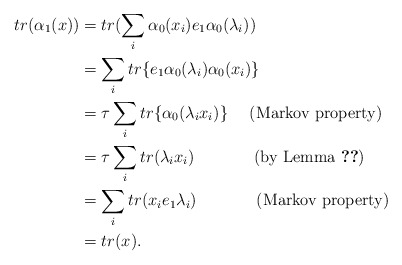
\begin{align*} tr(\alpha_1(x)) & = tr(\sum_i\alpha_0(x_i)e_1\alpha_0(\lambda_i))\\ & = \sum_i tr \{e_1\alpha_0(\lambda_i) \alpha_0(x_i)\}\\ & = \tau\sum_i tr\{\alpha_0(\lambda_ix_i)\} ~~~~(\textrm{Markov property})\\ &= \tau\sum_itr(\lambda_ix_i)~~~~~~~~~~~(\textrm{by~Lemma}~\ref{kod})\\ & = \sum_itr(x_ie_1\lambda_i)~~~~~~~~~~~(\textrm{Markov~property})\\ &= tr(x). \end{align*}